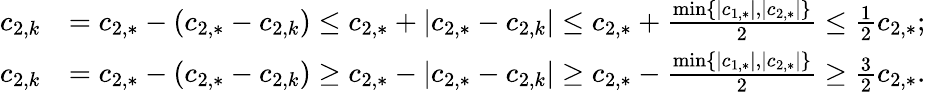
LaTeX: \begin{array}{rl}{c_{2,k}}&{=c_{2,*}-(c_{2,*}-c_{2,k})\leq c_{2,*}+|c_{2,*}-c_{2,k}|\leq c_{2,*}+\frac{\operatorname*{min}\{ |c_{1,*}|,|c_{2,*}|\} }{2}\leq\frac{1}{2}c_{2,*};}\\ {c_{2,k}}&{=c_{2,*}-(c_{2,*}-c_{2,k})\geq c_{2,*}-|c_{2,*}-c_{2,k}|\geq c_{2,*}-\frac{\operatorname*{min}\{ |c_{1,*}|,|c_{2,*}|\} }{2}\geq\frac{3}{2}c_{2,*}.}\end{array}